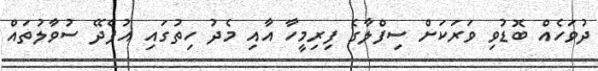
ދުވަހެއް ބޮޑުވި ވަރަކަށް ސިފްލާގެ ފިރިމީހާ އާއި މެދު ހިތުގައި އުފެދޭ ސުވާލުތައް